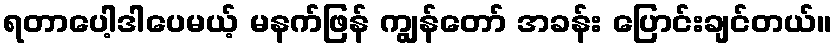
ရတာပေါ့ဒါပေမယ့် မနက်ဖြန် ကျွန်တော် အခန်း ပြောင်းချင်တယ်။